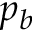
p _ { b }